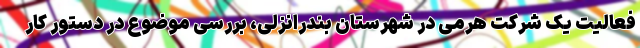
فعالیت یک شرکت هرمی در شهرستان بندرانزلی، بررسی موضوع در دستور کار